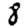
Digit: 8